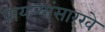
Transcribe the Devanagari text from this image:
पायऱ्यांसारखे